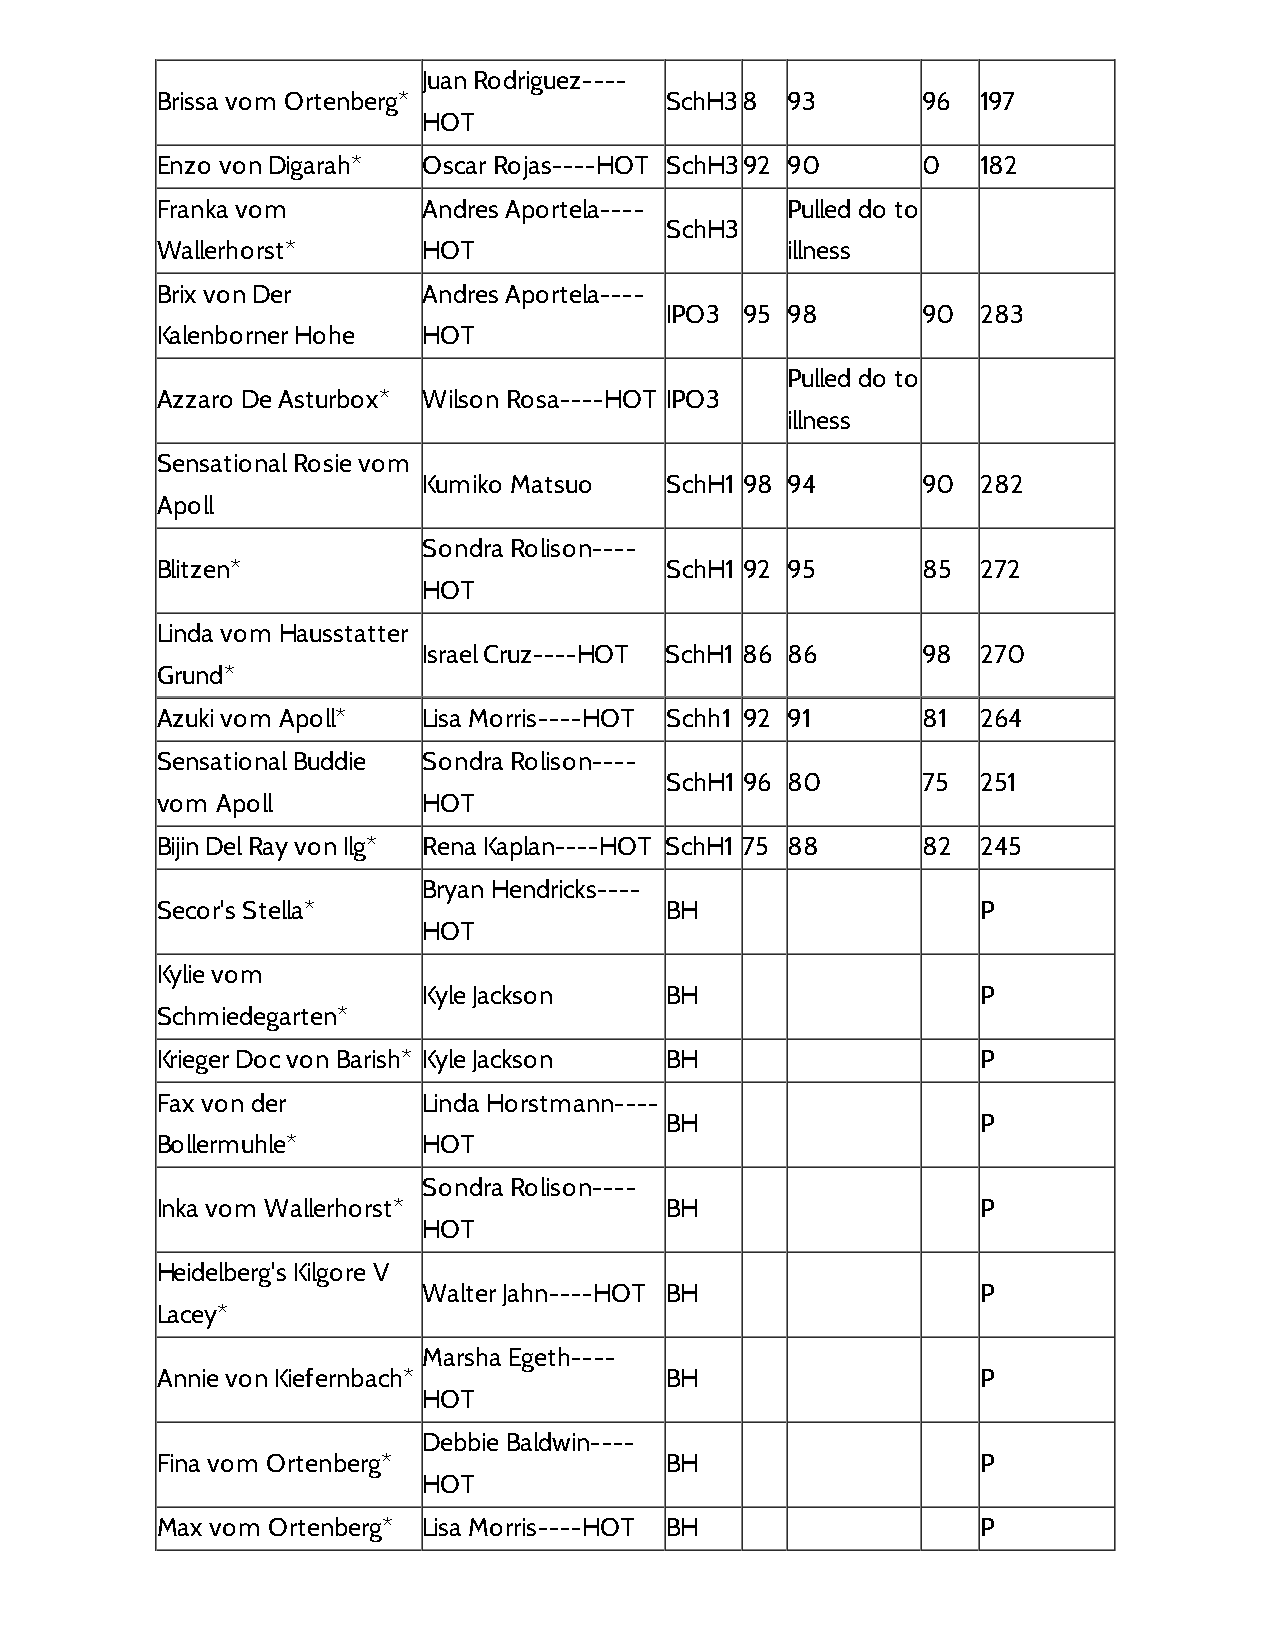
Juan Rodriguez----
 Brissa vom Ortenberg*             SchH38  93       96  197
 HOT
 Enzo von Digarah* Oscar Rojas----HOT SchH392 90    0   182
 Franka vom        Andres Aportela----     Pulled do to
 SchH3
 Wallerhorst*      HOT                     illness
 Brix von Der      Andres Aportela----
 IPO3 95 98       90  283
 Kalenborner Hohe  HOT
 Pulled do to
 Azzaro De Asturbox* Wilson Rosa----HOT IPO3
 illness
 Sensational Rosie vom
 Kumiko Matsuo   SchH1 98 94      90  282
 Apoll
 Sondra Rolison----
 Blitzen*                          SchH1 92 95      85  272
 HOT
 Linda vom Hausstatter
 Israel Cruz----HOT SchH1 86 86   98  270
 Grund*
 Azuki vom Apoll*  Lisa Morris----HOT Schh1 92 91   81  264
 Sensational Buddie Sondra Rolison----
 SchH1 96 80      75  251
 vom Apoll         HOT
 Bijin Del Ray von Ilg* Rena Kaplan----HOT SchH1 75 88 82 245
 Bryan Hendricks----
 Secor's Stella*                   BH                   P
 HOT
 Kylie vom
 Kyle Jackson    BH                   P
 Schmiedegarten*
 Krieger Doc von Barish* Kyle Jackson BH                P
 Fax von der       Linda Horstmann----
 BH                   P
 Bollermuhle*      HOT
 Sondra Rolison----
 Inka vom Wallerhorst*             BH                   P
 HOT
 Heidelberg's Kilgore V
 Walter Jahn----HOT BH                P
 Lacey*
 Marsha Egeth----
 Annie von Kiefernbach*            BH                   P
 HOT
 Debbie Baldwin----
 Fina vom Ortenberg*               BH                   P
 HOT
 Max vom Ortenberg* Lisa Morris----HOT BH               P